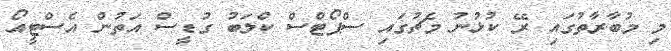
މި މުބާރާތުގައި ރޭ ކުޅުނު މެޗުގައި ސްޕޯޓްސް ކްލަބު ގުޑީސް އަތުން އެސްޓީއޯ